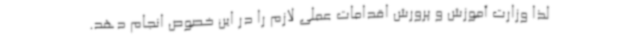
لذا وزارت آموزش و پرورش اقدامات عملی لازم را در این خصوص انجام دهد.